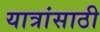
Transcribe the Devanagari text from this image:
यात्रांसाठी